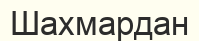
Шахмардан